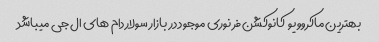
بهترین ماکروویو  کانوکشن فر نوری موجود در بازار سولاردام های ال جی میباشد